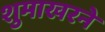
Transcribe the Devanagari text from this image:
शुमाखरने